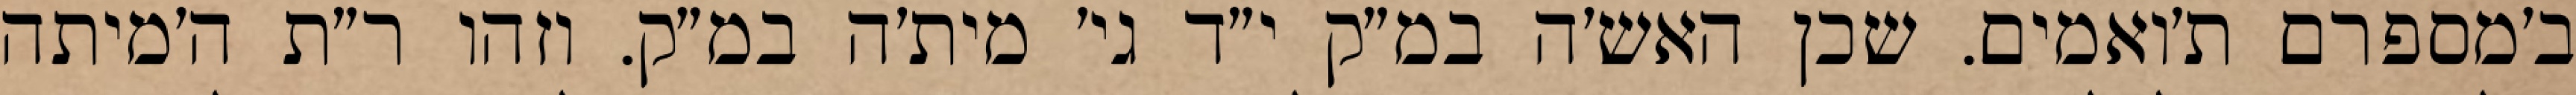
ב׳מספרם ת׳ואמים. שכן האש׳ה במ״ק י״ד גי׳ מית׳ה במ״ק. וזהו ר״ת ה׳מיתה